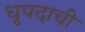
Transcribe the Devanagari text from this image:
धृपदाची